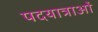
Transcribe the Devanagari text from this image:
पदयात्राओं